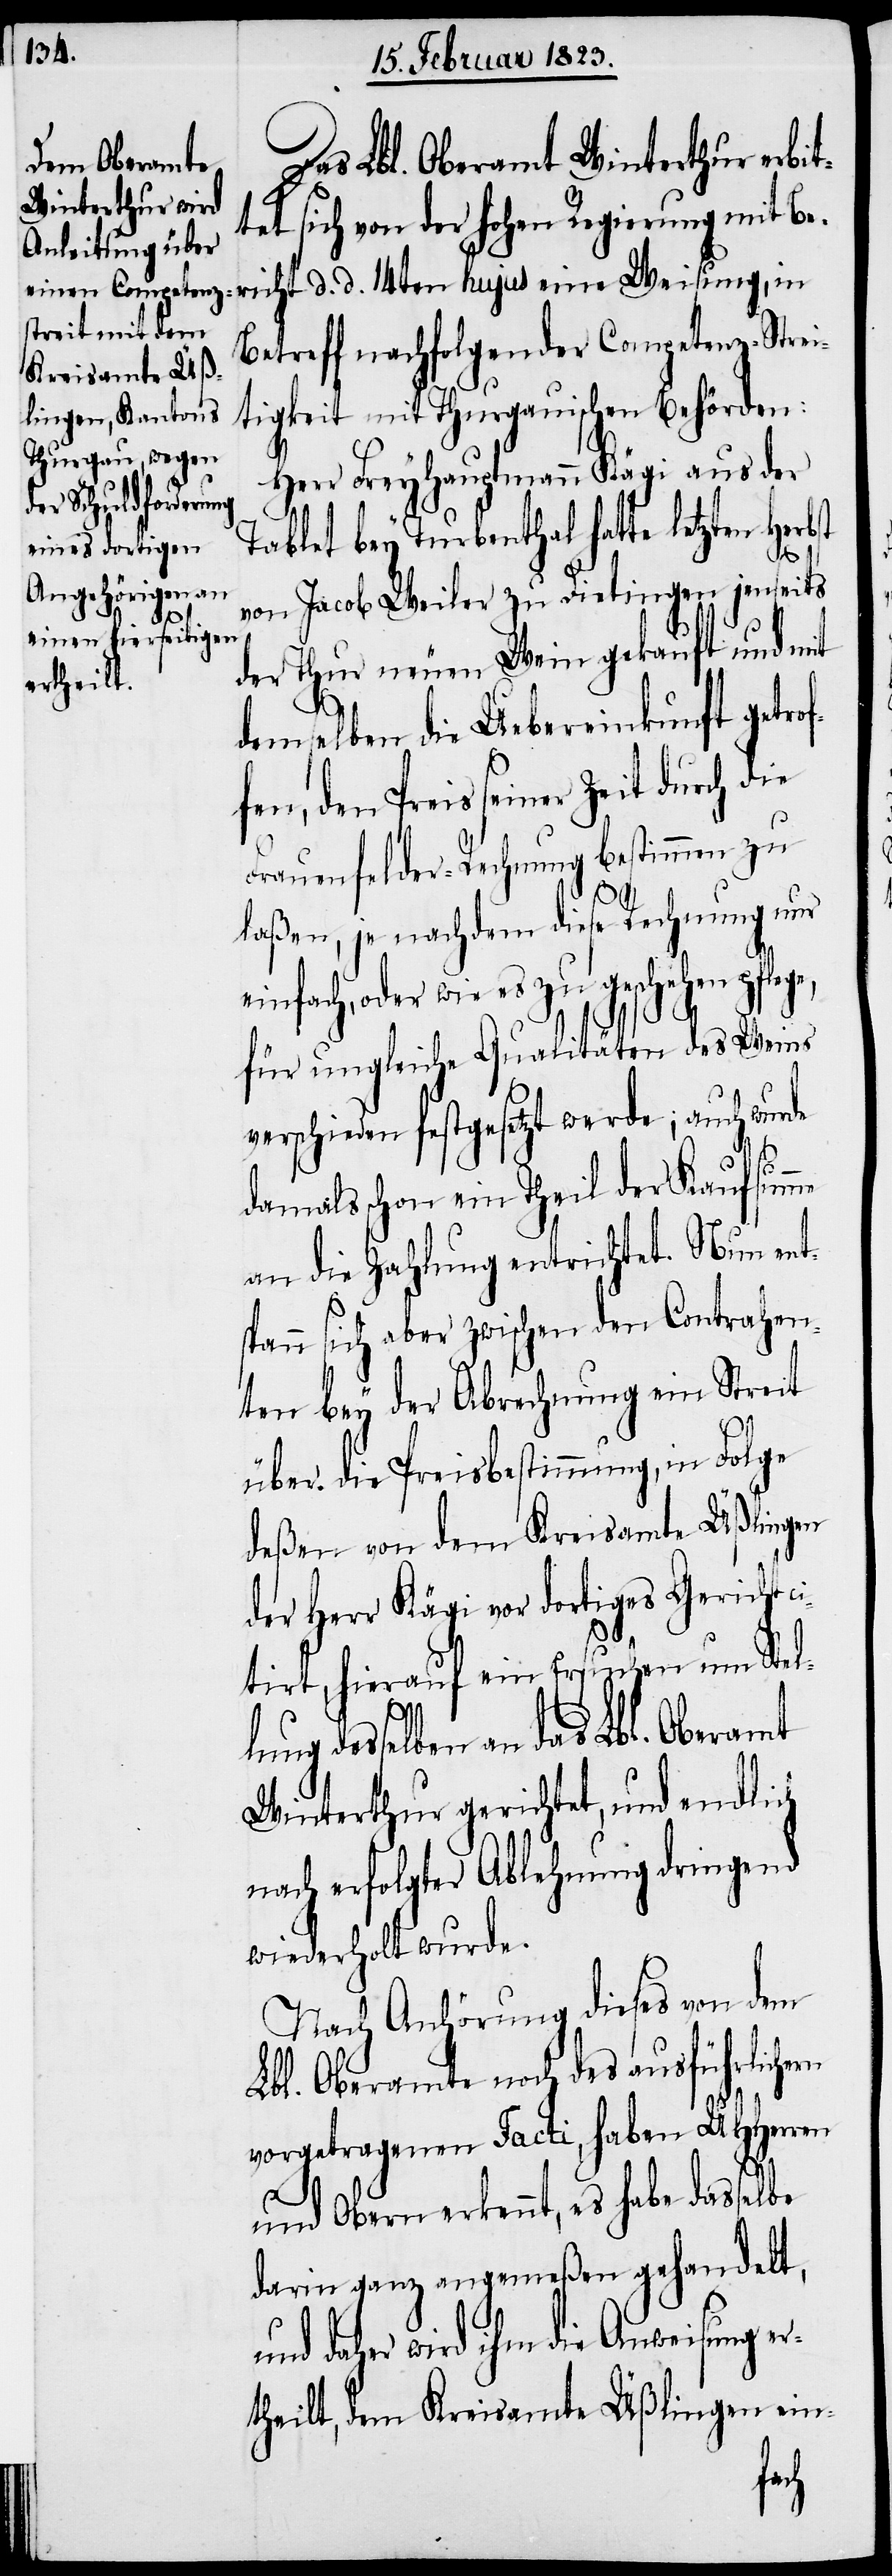
Das Lbl. Oberamt Winterthur erbit¬
tet sich von der hohen Regierung mit Be¬
richt d. d. 14ten hujus eine Weisung, in
Betreff nachfolgender Competenz-Strei¬
tigkeit mit Thurgauischen Behörden:
Herr Freyhauptmann Kägi aus der
Tablet bey Turbenthal hatte letzten Her¬
von Jacob Weiler zu Dietingen jenseits
der Thur neuen Wein gekauft und mit
demselben die Uebereinkunft getro¬
fen, den Preis seiner Zeit durch die
Frauenfelder-Rechnung bestimmen zu
laßen, je nachdem diese Rechnung nur
einfach, oder wie es zu geschehen pflege,
für ungleiche Qualitäten des Weins
verschieden festgesetzt werde; auch wurde
damals schon ein Theil der Kaufsumme
an die Zahlung entrichtet. Nun ent¬
spann sich aber zwischen den Contrahen¬
ten bey der Abrechnung ein Streit
über die Preisbestimmung, in Folge
deßen von dem Kreisamte Üßlingen
der Herr Kägi vor dortiges Gericht
citirt, hierauf ein Ersuchen um Stel¬
rn
lung desselben an das Lbl. Oberamt
Winterthur gerichtet, und endlich
nach erfolgter Ablehnung dringend
wiederholt wurde.
Nach Anhörung dieses von dem
Lbl. Oberamte noch des ausführliche¬
vorgetragenen Facti, haben UHHerren
und Obern erkennt, es habe dasselbe
darin ganz angemeßen gehandelt,
und daher wird ihm die Anweisung e¬
rtheilt, dem Kreisamte Üßlingen ein-
f¬